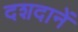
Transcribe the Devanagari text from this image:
दशदानें